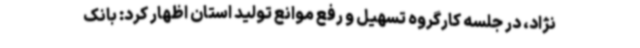
نژاد، در جلسه کارگروه تسهیل و رفع موانع تولید استان اظهار کرد: بانک